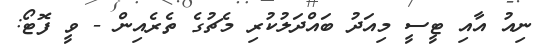
ނިއު އާއި ޓީސީ މިއަދު ބައްދަލުކުރި މެޗުގެ ތެރެއިން - ވީ ފޮޓޯ: